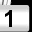
Digit: 1